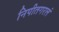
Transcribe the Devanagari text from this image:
निपीतगरलं